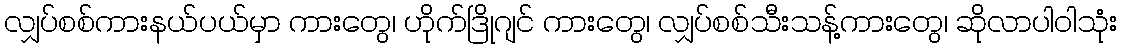
လျှပ်စစ်ကားနယ်ပယ်မှာ ကားတွေ၊ ဟိုက်ဒြိုဂျင် ကားတွေ၊ လျှပ်စစ်သီးသန့်ကားတွေ၊ ဆိုလာပါဝါသုံး